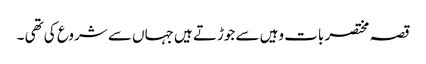
قصہ مختصر بات وہیں سے جوڑتے ہیں جہاں سے شروع کی تھی ۔